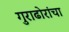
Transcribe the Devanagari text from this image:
गुराढोरांचा